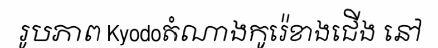
រូបភាព Kyodoតំណាងកូរ៉េខាងជើង នៅ